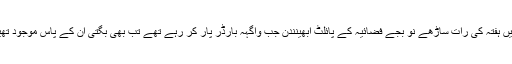
وہیں ہفتہ کی رات ساڑھے نو بجے فضائیہ کے پائلٹ ابھینندن جب واگہہ بارڈر پار کر رہے تھے تب بھی بگتی ان کے پاس موجود تھیں۔